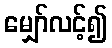
မျှော်လင့်၍